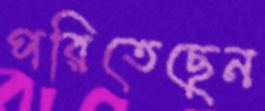
পরিতেছেন